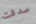
صدقت